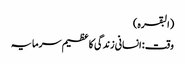
(البقرہ)
وقت : انسانی زندگی کا عظیم سرمایہ